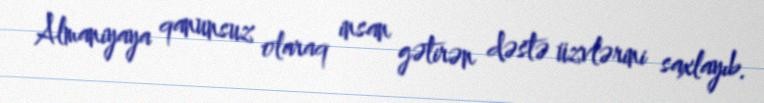
Almaniyaya qanunsuz olaraq insan gətirən dəstə üzvlərini saxlayıb.